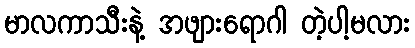
မာလကာသီးနဲ့ အဖျားရောဂါ တဲ့ပါ့မလား